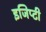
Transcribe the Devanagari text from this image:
इजिप्टी